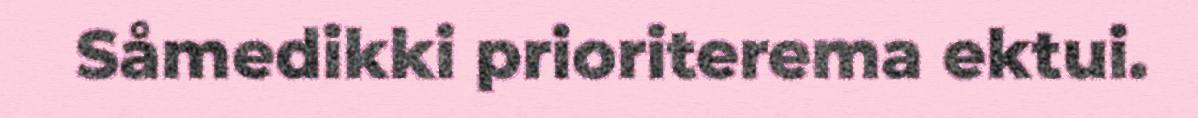
Såmedikki prioriterema ektui.